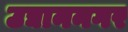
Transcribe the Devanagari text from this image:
उद्याननगर